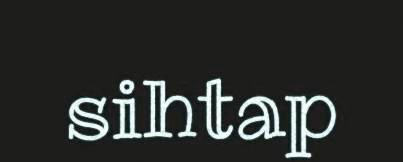
sihtap